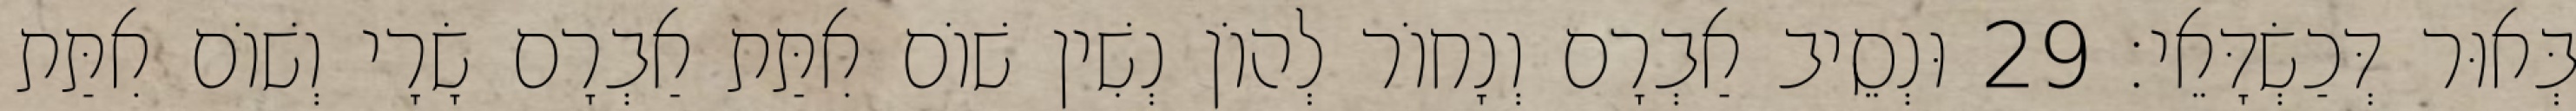
בְּאוּר דְּכַשְׂדָּאֵי׃ 29 וּנְסֵיב אַבְרָם וְנָחוֹר לְהוֹן נְשִׁין שׁוֹם אִתַּת אַבְרָם שָׂרָי וְשׁוֹם אִתַּת